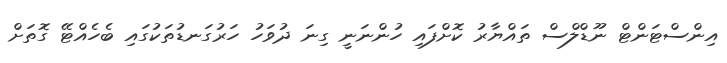
އިންސްޓަންޓް ނޫޑްލްސް ތައްޔާރު ކޮށްފައި ހުންނަނީ ގިނަ ދުވަހު ހަރުގަނޑުތަކުގައި ބެހެއްޓޭ ގޮތަށް